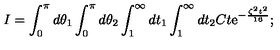
I = \int _ { 0 } ^ { \pi } d \theta _ { 1 } \int _ { 0 } ^ { \pi } d \theta _ { 2 } \int _ { 1 } ^ { \infty } d t _ { 1 } \int _ { 1 } ^ { \infty } d t _ { 2 } C t \mathrm { e } ^ { - \frac { \zeta ^ { 2 } t ^ { 2 } } { 1 6 } } ;